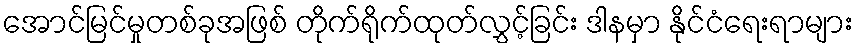
အောင်မြင်မှုတစ်ခုအဖြစ် တိုက်ရိုက်ထုတ်လွှင့်ခြင်း ဒါနမှာ နိုင်ငံရေးရာများ